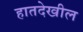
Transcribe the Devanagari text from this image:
हातदेखील